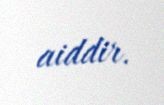
aiddir.